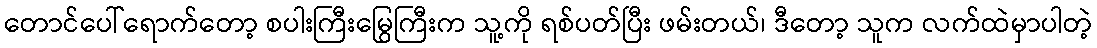
တောင်ပေါ်ရောက်တော့ စပါးကြီးမြွေကြီးက သူ့ကို ရစ်ပတ်ပြီး ဖမ်းတယ်၊ ဒီတော့ သူက လက်ထဲမှာပါတဲ့